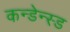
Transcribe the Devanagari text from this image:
कन्डेन्स्ड